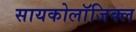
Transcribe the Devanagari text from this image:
सायकोलाॅजिक्ल